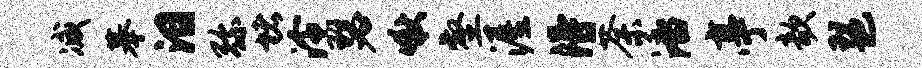
减摹泪弥堵泠瑟啾壑渥得荼潘亭欹琶